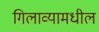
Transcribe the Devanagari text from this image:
गिलाव्यामधील